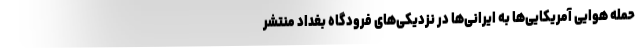
حمله هوایی آمریکایی‌ها به ایرانی‌ها در نزدیکی‌های فرودگاه بغداد منتشر